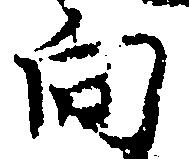
向